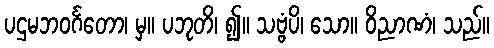
ပဌမဘဝင်္ဂတော၊ မှ။ ပဘုတိ၊ ၍။ သဗ္ဗံပိ၊ သော။ ဝိညာဏံ၊ သည်။